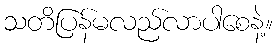
သတိပြန်မလည်လာပါစေနဲ့။